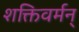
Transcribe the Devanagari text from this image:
शक्तिवर्मन्‌